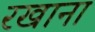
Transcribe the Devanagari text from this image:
रखाना